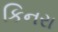
કિનરા